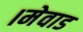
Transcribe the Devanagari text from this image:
।मेवाड